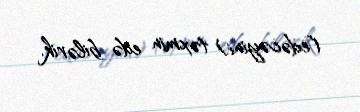
(edəcəyini) təxmin edə bilərik.